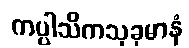
ကပ္ပါသိကသုခုမာနံ